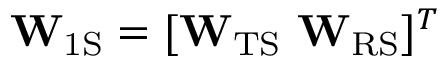
\mathbf { W } _ { \mathrm { 1 S } } = [ \mathbf { W } _ { \mathrm { T S } } \ \mathbf { W } _ { \mathrm { R S } } ] ^ { T }